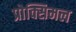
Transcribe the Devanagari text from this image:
प्रोक्सिमल